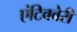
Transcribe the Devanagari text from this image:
एंटिववेरी